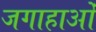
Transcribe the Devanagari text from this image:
जगाहाओं